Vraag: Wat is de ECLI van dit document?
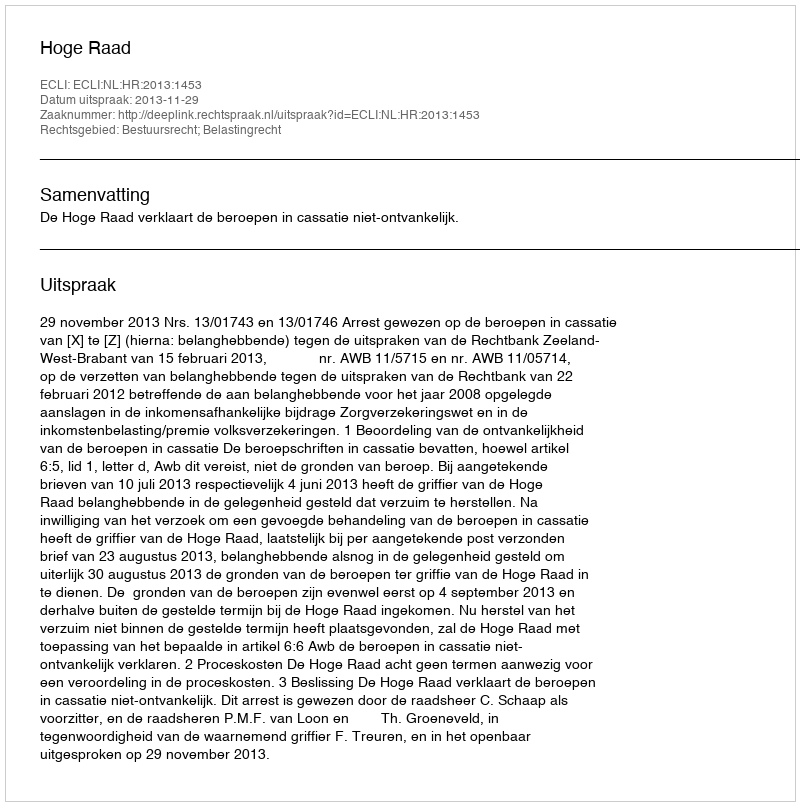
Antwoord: ECLI:NL:HR:2013:1453